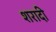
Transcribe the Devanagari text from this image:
शरादी